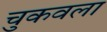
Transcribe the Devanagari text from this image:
चुकवला